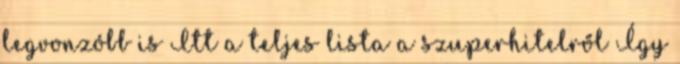
legvonzóbb is Itt a teljes lista a szuperhitelről Így